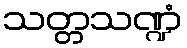
သတ္တသဏ္ဍံ